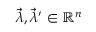
{ \vec { \lambda } } , { \vec { \lambda } } ^ { \prime } \in \mathbb { R } ^ { n }